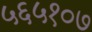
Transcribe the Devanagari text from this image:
५६५१०७